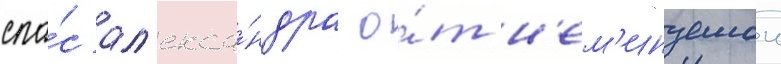
спа́с ал'екса́ндра о́т н'ем'инуемои